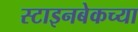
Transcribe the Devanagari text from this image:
स्टाइनबेकच्या